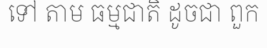
ទៅ តាម ធម្មជាតិ ដូចជា ពួក